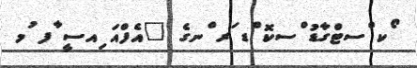
ޯކ ްސޓްގާޑު ްސކޮ ްޑ ަރ ްނގެ "އެފްއަ ިއސީ ާފ ުމ